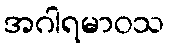
အဂါရမာဝသ